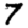
Digit: 7